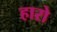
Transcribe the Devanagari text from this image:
हारो